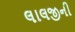
લાલજીની